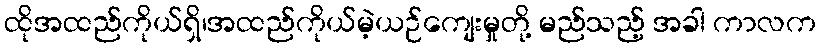
ထိုအထည်ကိုယ်ရှိ၊အထည်ကိုယ်မဲ့ယဉ်ကျေးမှုတို့ မည်သည့် အခါ ကာလက